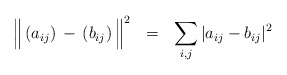
\begin{align*} \Big\| \,(a_{ij})\,-\,(b_{ij})\,\Big\|^2 \ \ = \ \ \sum_{i,j}|a_{ij}-b_{ij}|^2 \end{align*}